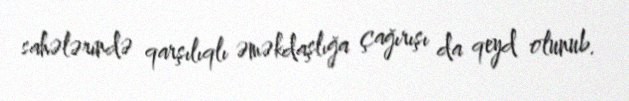
sahələrində qarşılıqlı əməkdaşlığa çağırışı da qeyd olunub.